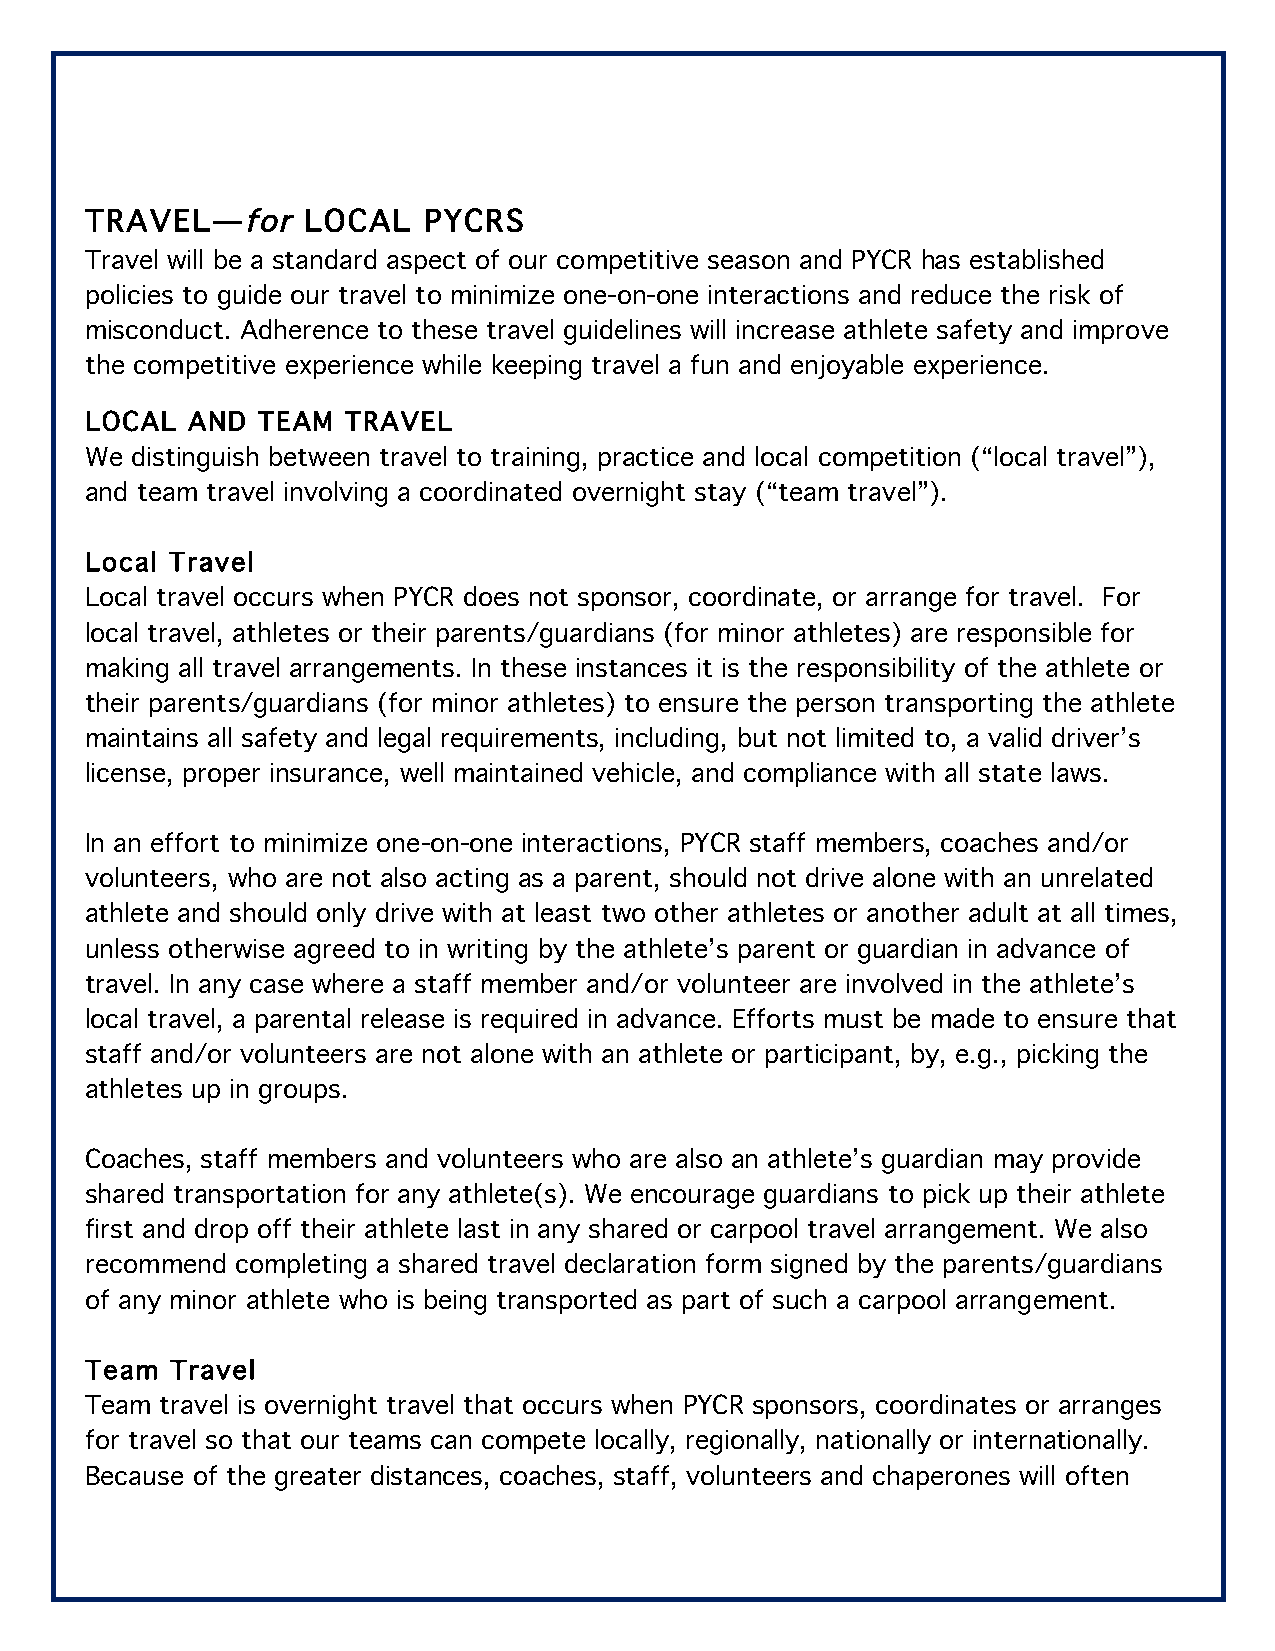
TRAVEL—for    LOCAL   PYCRS
 Travel will be a standard aspect of our competitive season and PYCR has established
 policies to guide our travel to minimize one-on-one interactions and reduce the risk of
 misconduct. Adherence to these travel guidelines will increase athlete safety and improve
 the competitive experience while keeping travel a fun and enjoyable experience.
 LOCAL AND  TEAM  TRAVEL
 We distinguish between travel to training, practice and local competition (“local travel”),
 and team travel involving a coordinated overnight stay (“team travel”).
 Local Travel
 Local travel occurs when PYCR does not sponsor, coordinate, or arrange for travel. For
 local travel, athletes or their parents/guardians (for minor athletes) are responsible for
 making all travel arrangements. In these instances it is the responsibility of the athlete or
 their parents/guardians (for minor athletes) to ensure the person transporting the athlete
 maintains all safety and legal requirements, including, but not limited to, a valid driver’s
 license, proper insurance, well maintained vehicle, and compliance with all state laws.
 In an effort to minimize one-on-one interactions, PYCR staff members, coaches and/or
 volunteers, who are not also acting as a parent, should not drive alone with an unrelated
 athlete and should only drive with at least two other athletes or another adult at all times,
 unless otherwise agreed to in writing by the athlete’s parent or guardian in advance of
 travel. In any case where a staff member and/or volunteer are involved in the athlete’s
 local travel, a parental release is required in advance. Efforts must be made to ensure that
 staff and/or volunteers are not alone with an athlete or participant, by, e.g., picking the
 athletes up in groups.
 Coaches, staff members and volunteers who are also an athlete’s guardian may provide
 shared transportation for any athlete(s). We encourage guardians to pick up their athlete
 first and drop off their athlete last in any shared or carpool travel arrangement. We also
 recommend completing a shared travel declaration form signed by the parents/guardians
 of any minor athlete who is being transported as part of such a carpool arrangement.
 Team Travel
 Team travel is overnight travel that occurs when PYCR sponsors, coordinates or arranges
 for travel so that our teams can compete locally, regionally, nationally or internationally.
 Because of the greater distances, coaches, staff, volunteers and chaperones will often